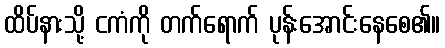
ထိပ်နားသို့ ငကံကို တက်ရောက် ပုန်းအောင်းနေစေ၏။